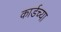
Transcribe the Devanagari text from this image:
कार्डच्या